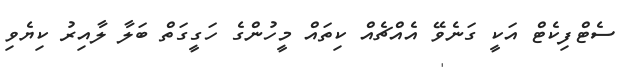
ސެޓްފިކެޓް އަކީ ގަނެވޭ އެއްޗެއް ކިތައް މީހުންގެ ހަގީގަތް ބަލާ ލާއިރު ކިޔެވި